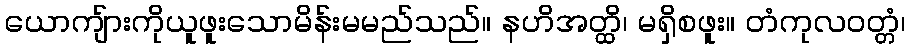
ယောကျ်ားကိုယူဖူးသောမိန်းမမည်သည်။ နဟိအတ္ထိ၊ မရှိစဖူး။ တံကုလဝတ္တံ၊